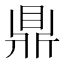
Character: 鼎